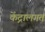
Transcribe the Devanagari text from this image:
केंद्रालगत